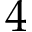
4